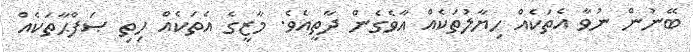
ބޭނުން ނުވާ އެތަކެއް ހިޔާލުތަކެއް އާވެގެން ދާތީއެވެ. މާޒީގެ އެތަކެއް ހިތި ޞަފްޙާތަކެއް